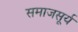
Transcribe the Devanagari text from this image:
समाजसूर्य